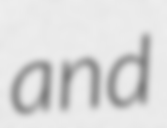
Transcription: and